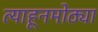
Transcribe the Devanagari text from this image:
त्याहूनमोठ्या